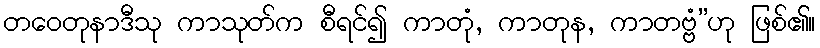
တဝေတုနာဒီသု ကာသုတ်က စီရင်၍ ကာတုံ, ကာတုန, ကာတဗ္ဗံ”ဟု ဖြစ်၏။